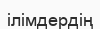
ілімдердің